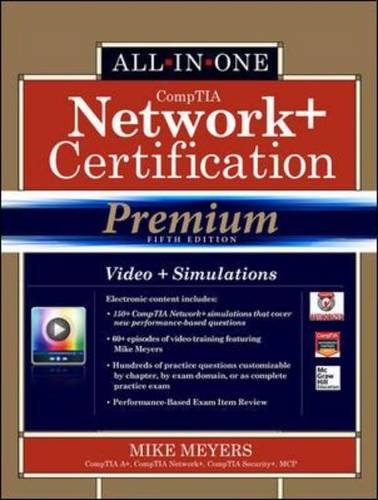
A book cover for CompTIA Network+ Certification All-in-One Exam Guide, Premium Fifth Edition (Exam N10-005); Mike Meyers; Computers & Technology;